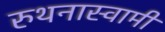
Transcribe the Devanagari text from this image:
रुथनास्वामी